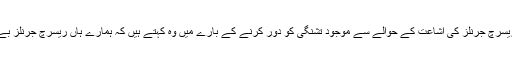
ملک میں معیاری ریسرچ پیپرز اور معیاری ریسرچ جرنلز کی اشاعت کے حوالے سے موجود تشنگی کو دور کرنے کے بارے میں وہ کہتے ہیں کہ ہمارے ہاں ریسرچ جرنلز بے شمار ہیں اور اُن کا معیار بھی بہت اعلیٰ ہے۔